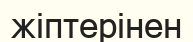
жіптерінен